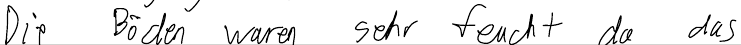
Die Böden waren sehr feucht da das